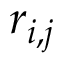
r _ { i , j }